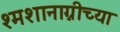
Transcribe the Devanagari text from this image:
श्मशानाग्नीच्या